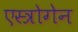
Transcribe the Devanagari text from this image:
एस्त्रोगेन